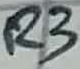
Text: R3